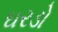
ઘરડો